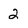
Character: 2